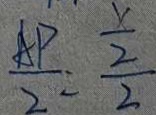
\frac { A P } { 2 } = \frac { \frac { x } { 2 } } { 2 }